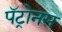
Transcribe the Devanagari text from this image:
पॅट्रोनस